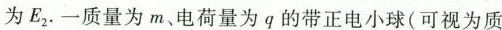
为E_{2}.一质量为m、电荷量为q的带正电小球(可视为质